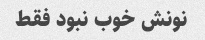
نونش خوب نبود فقط